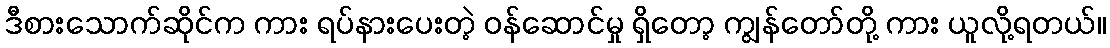
ဒီစားသောက်ဆိုင်က ကား ရပ်နားပေးတဲ့ ဝန်ဆောင်မှု ရှိတော့ ကျွန်တော်တို့ ကား ယူလို့ရတယ်။